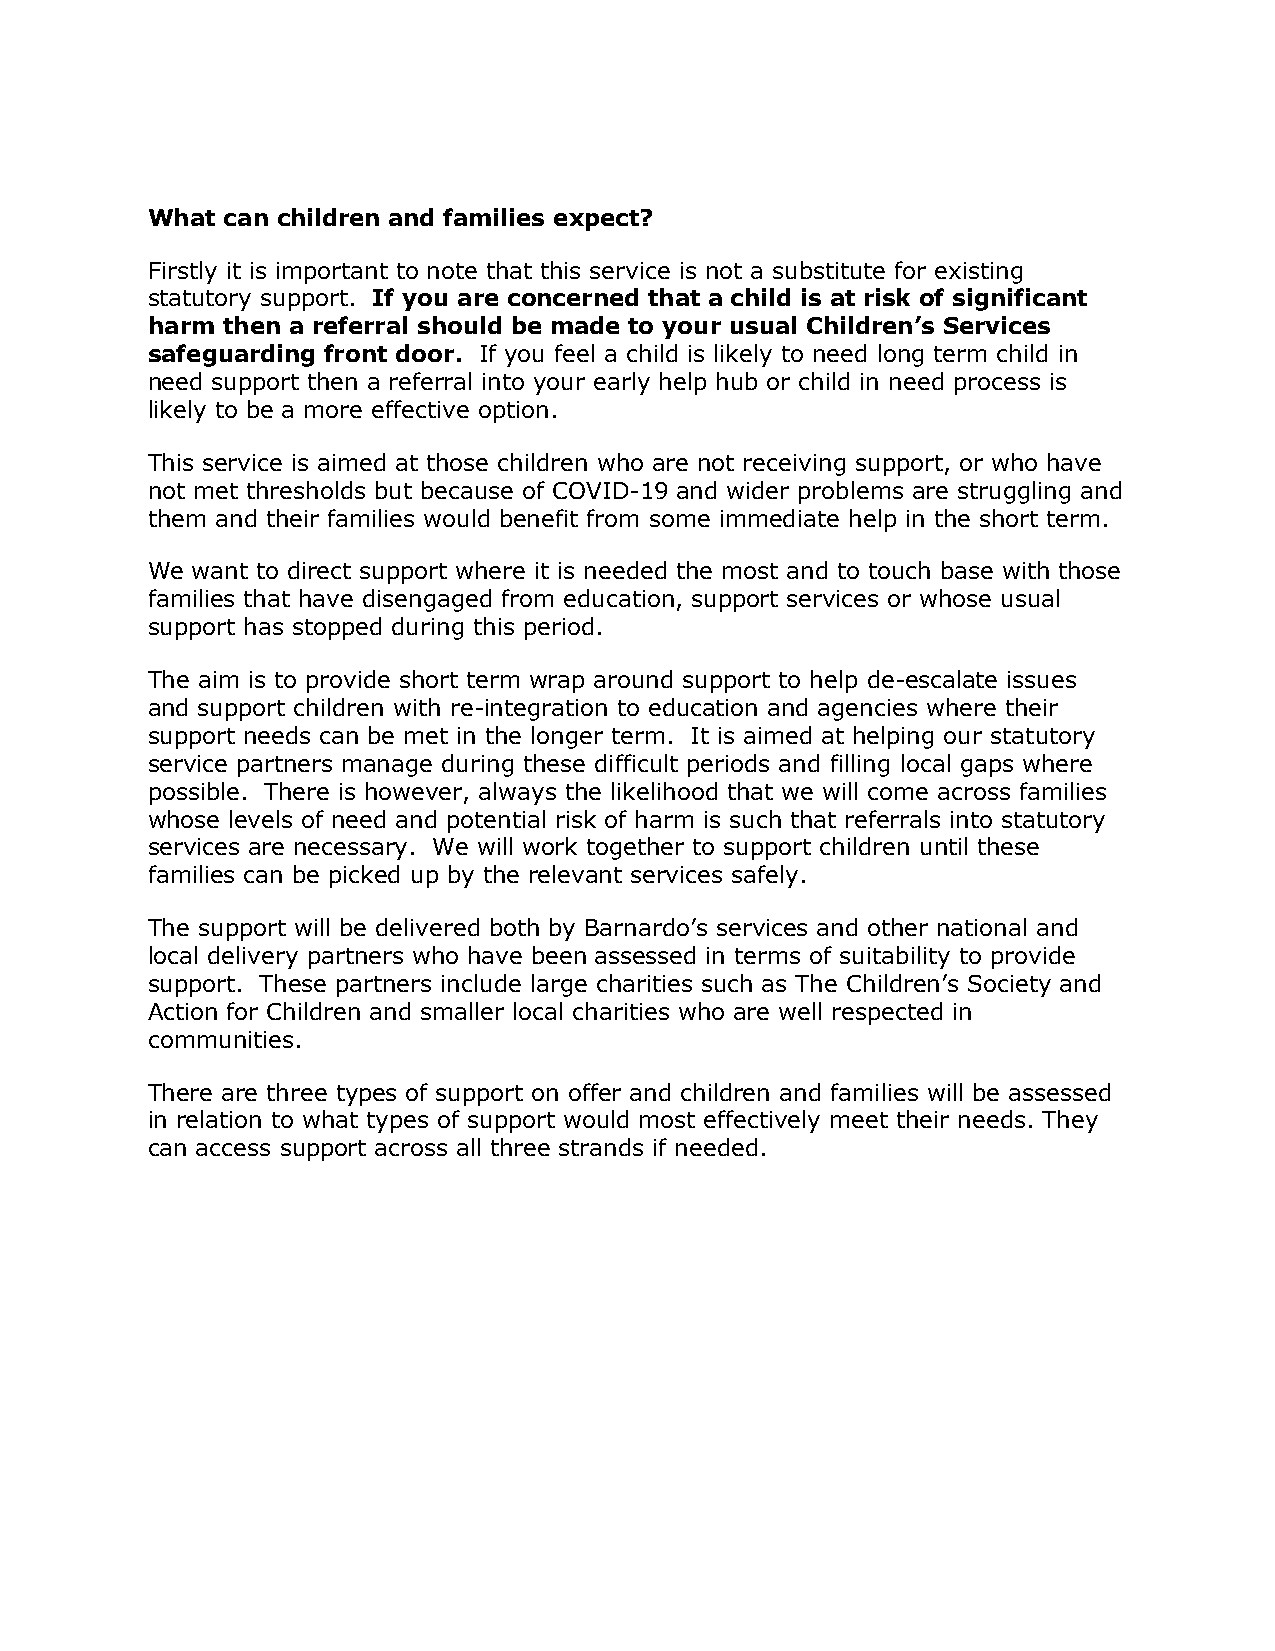
What can children and families expect?
 Firstly it is important to note that this service is not a substitute for existing
 statutory support. If you are concerned that a child is at risk of significant
 harm then a referral should be made to your usual Children’s Services
 safeguarding front door. If you feel a child is likely to need long term child in
 need support then a referral into your early help hub or child in need process is
 likely to be a more effective option.
 This service is aimed at those children who are not receiving support, or who have
 not met thresholds but because of COVID-19 and wider problems are struggling and
 them and their families would benefit from some immediate help in the short term.
 We want to direct support where it is needed the most and to touch base with those
 families that have disengaged from education, support services or whose usual
 support has stopped during this period.
 The aim is to provide short term wrap around support to help de-escalate issues
 and support children with re-integration to education and agencies where their
 support needs can be met in the longer term. It is aimed at helping our statutory
 service partners manage during these difficult periods and filling local gaps where
 possible. There is however, always the likelihood that we will come across families
 whose levels of need and potential risk of harm is such that referrals into statutory
 services are necessary. We will work together to support children until these
 families can be picked up by the relevant services safely.
 The support will be delivered both by Barnardo’s services and other national and
 local delivery partners who have been assessed in terms of suitability to provide
 support. These partners include large charities such as The Children’s Society and
 Action for Children and smaller local charities who are well respected in
 communities.
 There are three types of support on offer and children and families will be assessed
 in relation to what types of support would most effectively meet their needs. They
 can access support across all three strands if needed.